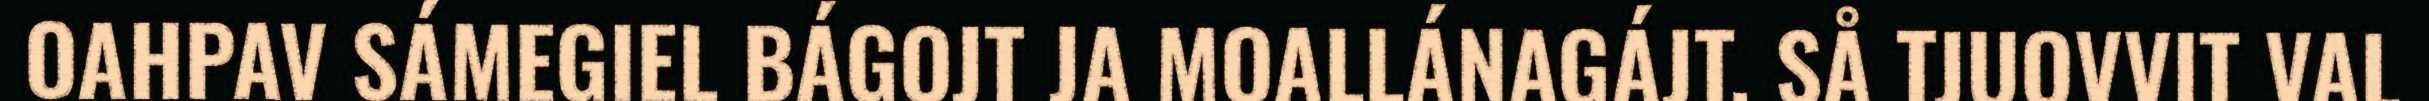
OAHPAV SÁMEGIEL BÁGOJT JA MOALLÁNAGÁJT. SÅ TJUOVVIT VAL